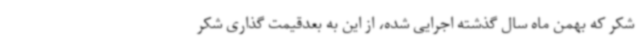
شکر که بهمن ماه سال گذشته اجرایی شده، از این به بعدقیمت گذاری شکر